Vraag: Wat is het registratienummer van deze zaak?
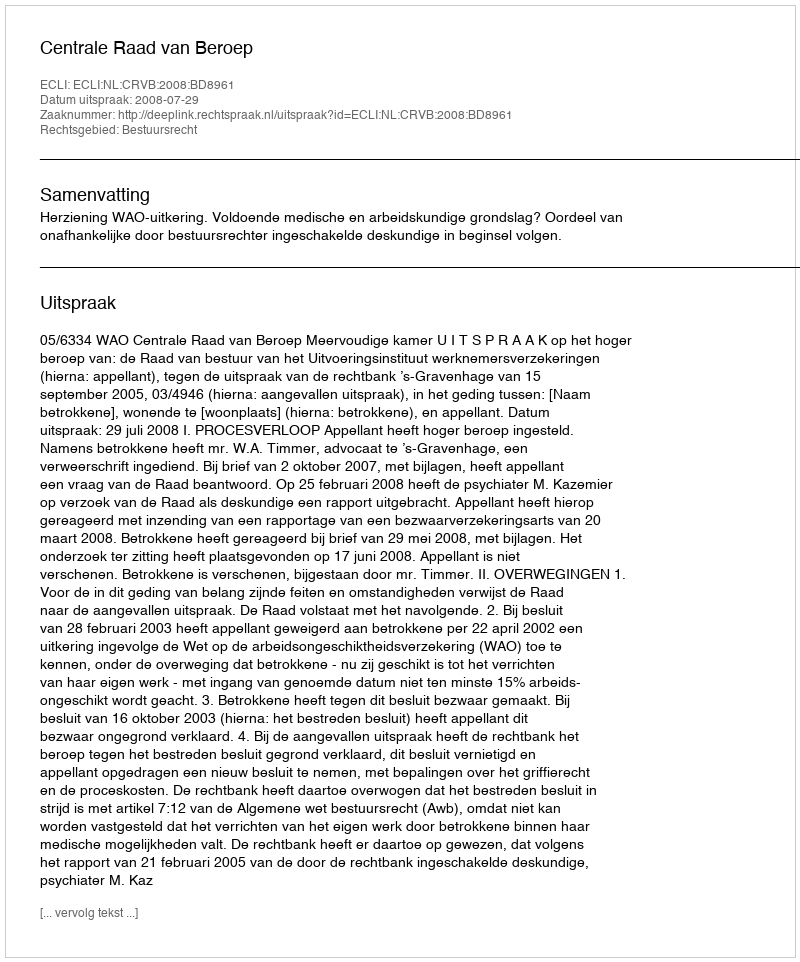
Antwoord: http://deeplink.rechtspraak.nl/uitspraak?id=ECLI:NL:CRVB:2008:BD8961